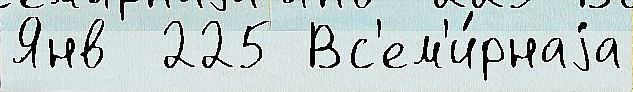
Янв  225 Вс'ем'и́рнаjа